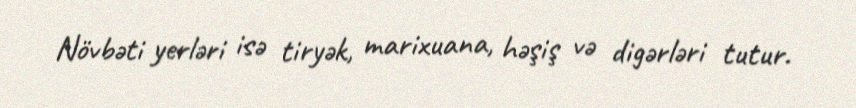
Növbəti yerləri isə tiryək, marixuana, həşiş və digərləri tutur.